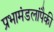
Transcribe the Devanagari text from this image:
प्रभामंडलांपैकी